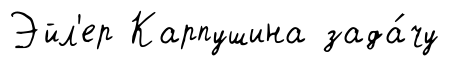
Эйл'ер Карпушина зада́чу